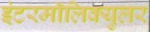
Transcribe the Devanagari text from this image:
इंटरमॉलिक्युलर